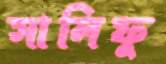
সালিফু